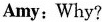
Amy:Why?